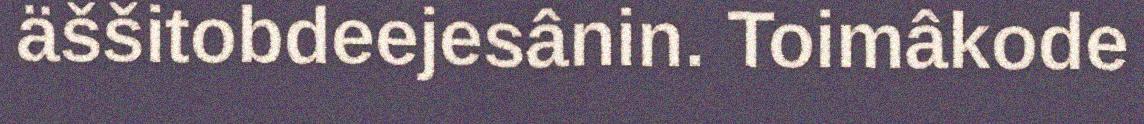
äššitobdeejesânin. Toimâkode